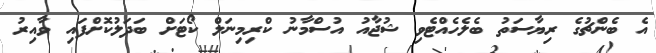
އެ ބެންޗުގެ ރިޔާސަތު ބެލެހެއްޓެވި ޝުޖާއު އުސްމާނު ކްރިމިނަލް ކޯޓަށް ބަދަލުކޮށްފައި ވާއިރު